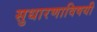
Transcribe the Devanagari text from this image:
सुधारणाविषयी